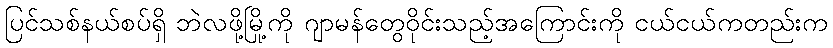
ပြင်သစ်နယ်စပ်ရှိ ဘဲလဖို့မြို့ကို ဂျာမန်တွေဝိုင်းသည့်အကြောင်းကို ငယ်ငယ်ကတည်းက